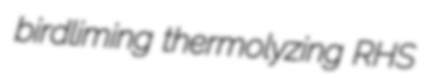
birdliming thermolyzing RHS